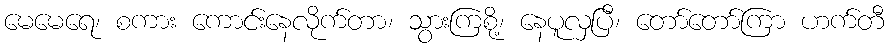
မေမေရေ၊ စကား ကောင်းနေလိုက်တာ၊ သွားကြစို့၊ နေပူလှပြီ၊ တော်တော်ကြာ ဟက်တီ